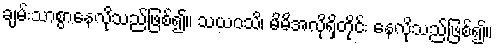
ချမ်းသာစွာနေလိုသည်ဖြစ်၍။ သယဝသိ၊ မိမိအလိုရှိတိုင်း နေလိုသည်ဖြစ်၍။